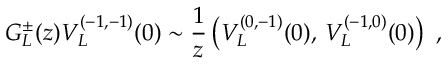
G _ { L } ^ { \pm } ( z ) V _ { L } ^ { ( - 1 , - 1 ) } ( 0 ) \sim { \frac { 1 } { z } } \left( V _ { L } ^ { ( 0 , - 1 ) } ( 0 ) , \, V _ { L } ^ { ( - 1 , 0 ) } ( 0 ) \right) \ ,